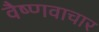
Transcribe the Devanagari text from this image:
वैष्णवाचार